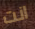
انت